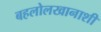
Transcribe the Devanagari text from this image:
बहलोलखानाशी